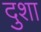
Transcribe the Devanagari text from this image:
दुशा